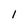
Character: I